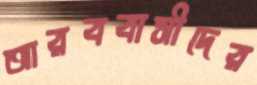
আরববাসীদের